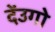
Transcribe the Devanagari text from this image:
देंउगो